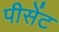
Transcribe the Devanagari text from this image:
पीसेंट